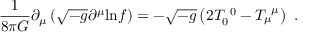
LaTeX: \frac { 1 } { 8 \pi G } \partial _ { \mu } \left( \sqrt { - g } \partial ^ { \mu } \mathrm { l n } f \right) = - \sqrt { - g } \left( 2 T _ { 0 } ^ { \ 0 } - T _ { \mu } ^ { \ \mu } \right) \ .